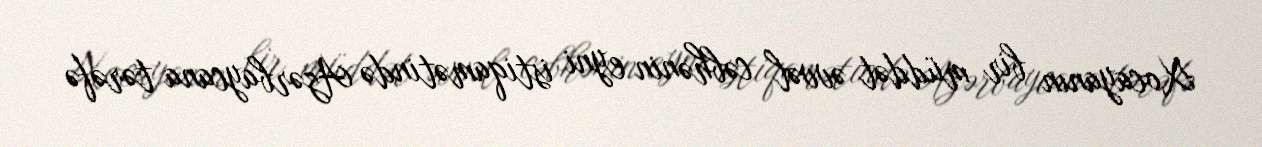
Xocayanın bir müddət əvvəl cəbhənin eyni istiqamətində Azərbaycana tərəfə